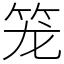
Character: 笼